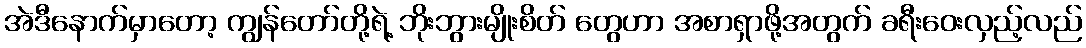
အဲဒီနောက်မှာတော့ ကျွန်တော်တို့ရဲ့ ဘိုးဘွားမျိုးစိတ် တွေဟာ အစာရှာဖို့အတွက် ခရီးဝေးလှည့်လည်